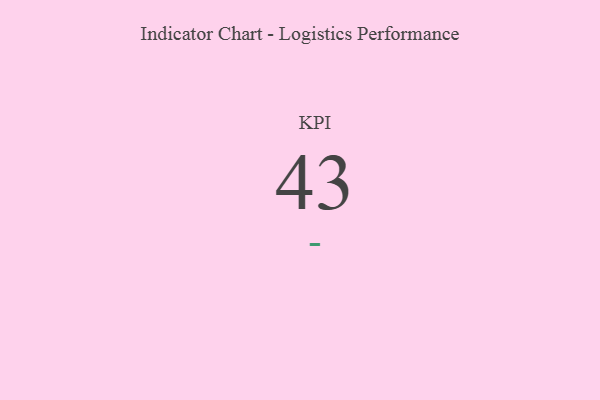
{"axis": {"x": "KPI", "y": "Value"}, "legend": [""], "data": [{"x": "KPI", "y": 43, "type": ""}]}